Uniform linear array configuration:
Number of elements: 12
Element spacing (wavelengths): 0.5
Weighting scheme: cosine
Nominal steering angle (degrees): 15
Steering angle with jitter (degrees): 13.242
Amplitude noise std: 0.05
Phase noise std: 0.05

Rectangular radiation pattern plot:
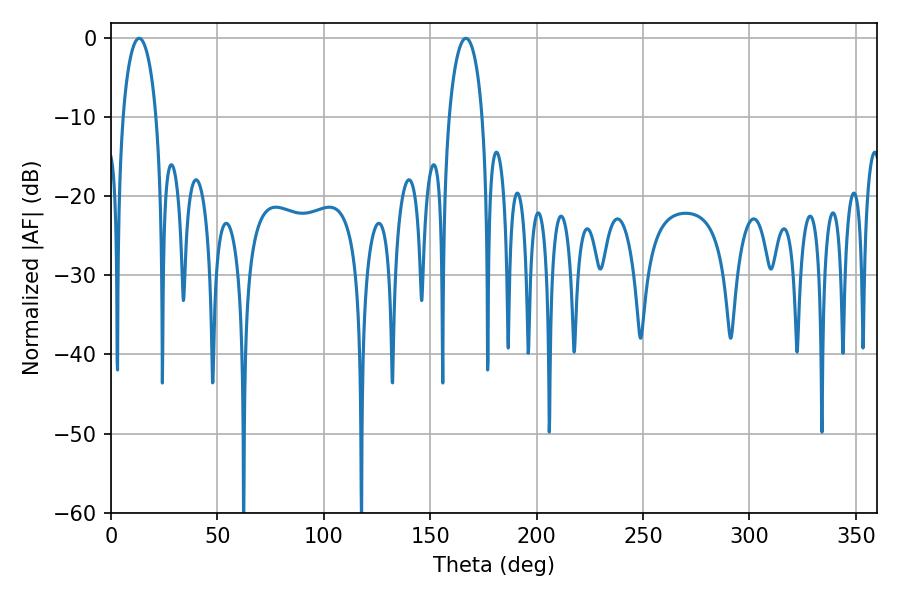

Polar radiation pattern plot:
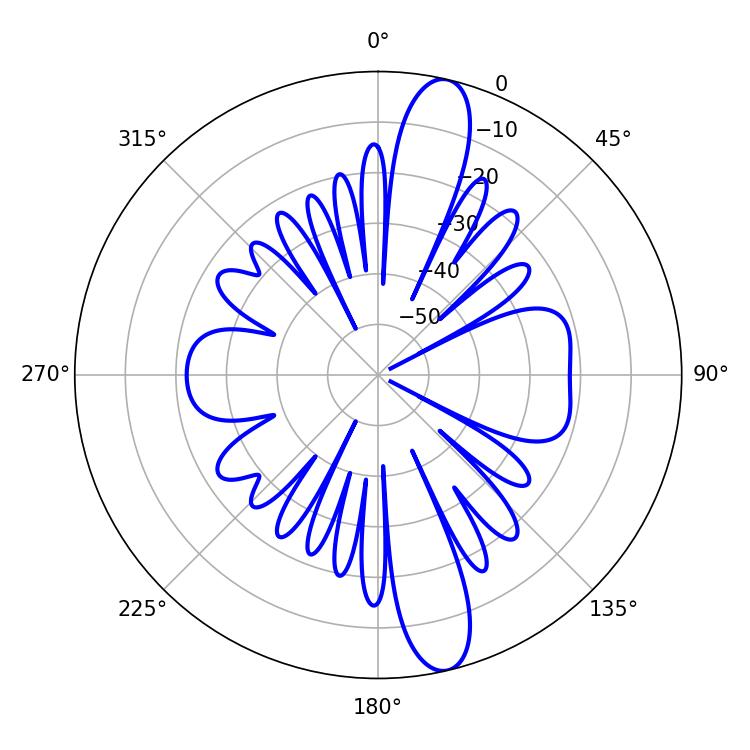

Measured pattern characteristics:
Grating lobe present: FALSE
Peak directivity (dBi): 14.02
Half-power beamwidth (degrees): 9
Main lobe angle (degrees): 13.14